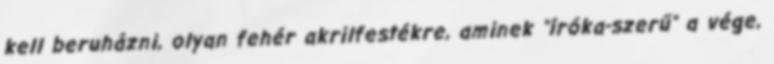
kell beruházni, olyan fehér akrilfestékre, aminek "íróka-szerű" a vége,